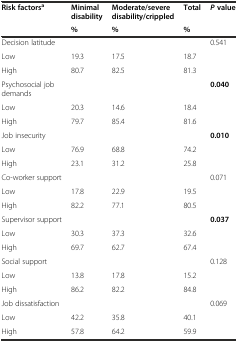
| Risk factorsa | Minimal disability | Moderate/severe disability/crippled | Total | P value |
 |  | % | % | % |  |
 | --- | --- | --- | --- | --- |
 | Decision latitude |  |  |  | 0.541 |
 | Low | 19.3 | 17.5 | 18.7 |  |
 | High | 80.7 | 82.5 | 81.3 |  |
 | Psychosocial job demands |  |  |  | 0.040 |
 | Low | 20.3 | 14.6 | 18.4 |  |
 | High | 79.7 | 85.4 | 81.6 |  |
 | Job insecurity |  |  |  | 0.010 |
 | Low | 76.9 | 68.8 | 74.2 |  |
 | High | 23.1 | 31.2 | 25.8 |  |
 | Co-worker support |  |  |  | 0.071 |
 | Low | 17.8 | 22.9 | 19.5 |  |
 | High | 82.2 | 77.1 | 80.5 |  |
 | Supervisor support |  |  |  | 0.037 |
 | Low | 30.3 | 37.3 | 32.6 |  |
 | High | 69.7 | 62.7 | 67.4 |  |
 | Social support |  |  |  | 0.128 |
 | Low | 13.8 | 17.8 | 15.2 |  |
 | High | 86.2 | 82.2 | 84.8 |  |
 | Job dissatisfaction |  |  |  | 0.069 |
 | Low | 42.2 | 35.8 | 40.1 |  |
 | High | 57.8 | 64.2 | 59.9 |  |